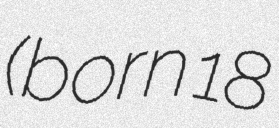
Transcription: (born 18